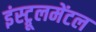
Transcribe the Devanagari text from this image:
इंस्ट्रूलमेंटल